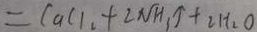
= C a C l _ { 2 } + 2 N H _ { 3 } \uparrow + 2 H _ { 2 } O